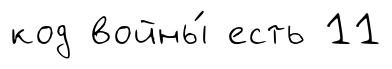
код войны́ есть 11